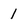
Character: 1